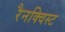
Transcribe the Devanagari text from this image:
रैनक्विस्ट